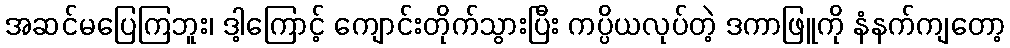
အဆင်မပြေကြဘူး၊ ဒါ့ကြောင့် ကျောင်းတိုက်သွားပြီး ကပ္ပိယလုပ်တဲ့ ဒကာဖြူကို နံနက်ကျတော့